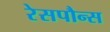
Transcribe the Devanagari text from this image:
रेसपौन्स